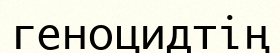
геноцидтің